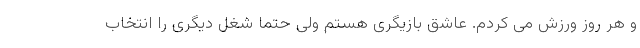
و هر روز ورزش می کردم. عاشق بازیگری هستم ولی حتماً شغل دیگری را انتخاب